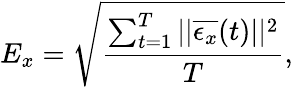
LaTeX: E_{x}=\sqrt{\frac{\sum_{t=1}^{T}||\overline{{\epsilon_{x}}}(t)||^{2}}{T}},